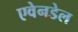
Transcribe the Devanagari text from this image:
एवेनडेल